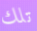
تلك